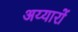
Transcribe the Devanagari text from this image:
अय्यारों